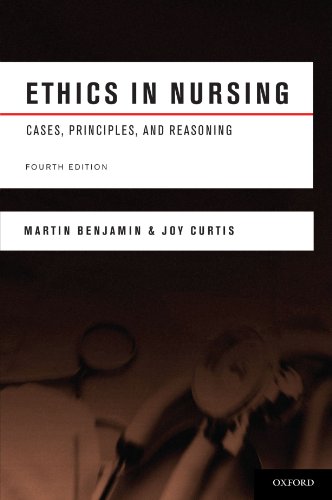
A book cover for Ethics in Nursing: Cases, Principles, and Reasoning; Martin Benjamin; Medical Books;